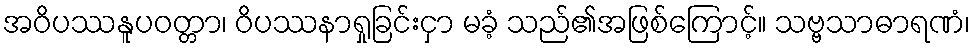
အဝိပဿနူပဝတ္တာ၊ ဝိပဿနာရှုခြင်းငှာ မခံ့ သည်၏အဖြစ်ကြောင့်။ သဗ္ဗသာဓာရဏံ၊